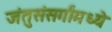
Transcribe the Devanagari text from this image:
जंतुसंसर्गांमध्ये